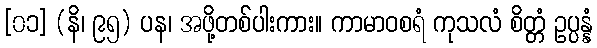
[၀၁] (နိ၊ ၉၅) ပန၊ အဖို့တစ်ပါးကား။ ကာမာဝစရံ ကုသလံ စိတ္တံ ဥပ္ပန္နံ